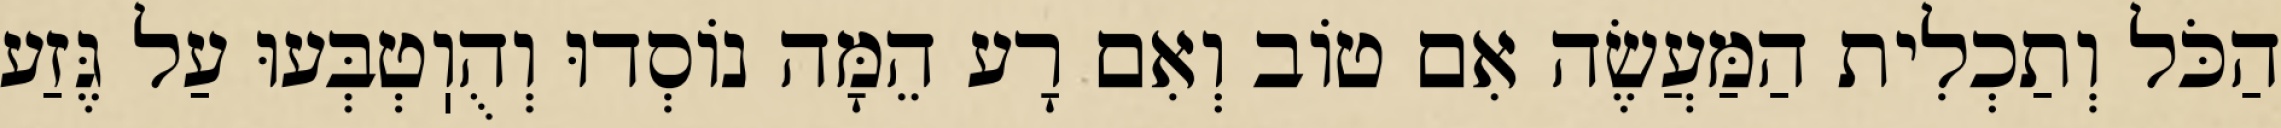
הַכֹּל וְתַכְלִית הַמַּעֲשֶׂה אִם טוֹב וְאִם רָע הֵמָּה נוֹסְדוּ וְהֻוֽטְבְּעוּ עַל גֶּזַע